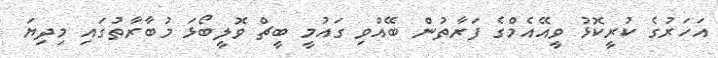
އަހަރުގެ ކުރީކޮޅު ވީއޭއެމްގެ ފަރާތުން ބޭއްވި ގައުމީ ބީޗް ވޮލީބޯޅަ މުބާރާތުގައި މިދިޔަ